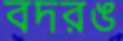
বদরঙ